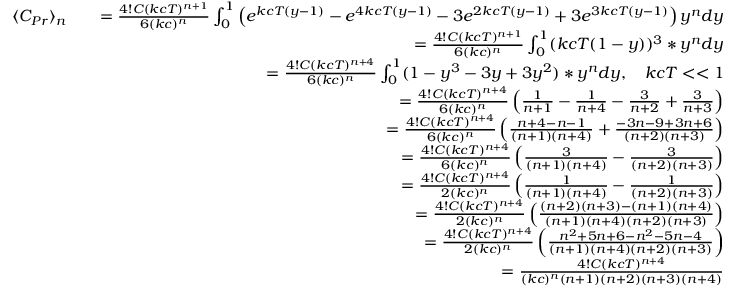
\begin{array} { r l r } { \langle C _ { P r } \rangle _ { n } } & { } & { = \frac { 4 ! C ( k c T ) ^ { n + 1 } } { 6 ( k c ) ^ { n } } \int _ { 0 } ^ { 1 } \left( e ^ { k c T ( y - 1 ) } - e ^ { 4 k c T ( y - 1 ) } - 3 e ^ { 2 k c T ( y - 1 ) } + 3 e ^ { 3 k c T ( y - 1 ) } \right) y ^ { n } d y } \\ & { } & { = \frac { 4 ! C ( k c T ) ^ { n + 1 } } { 6 ( k c ) ^ { n } } \int _ { 0 } ^ { 1 } ( k c T ( 1 - y ) ) ^ { 3 } * y ^ { n } d y } \\ & { } & { = \frac { 4 ! C ( k c T ) ^ { n + 4 } } { 6 ( k c ) ^ { n } } \int _ { 0 } ^ { 1 } ( 1 - y ^ { 3 } - 3 y + 3 y ^ { 2 } ) * y ^ { n } d y , \quad k c T < < 1 } \\ & { } & { = \frac { 4 ! C ( k c T ) ^ { n + 4 } } { 6 ( k c ) ^ { n } } \left( \frac { 1 } { n + 1 } - \frac { 1 } { n + 4 } - \frac { 3 } { n + 2 } + \frac { 3 } { n + 3 } \right) } \\ & { } & { = \frac { 4 ! C ( k c T ) ^ { n + 4 } } { 6 ( k c ) ^ { n } } \left( \frac { n + 4 - n - 1 } { ( n + 1 ) ( n + 4 ) } + \frac { - 3 n - 9 + 3 n + 6 } { ( n + 2 ) ( n + 3 ) } \right) } \\ & { } & { = \frac { 4 ! C ( k c T ) ^ { n + 4 } } { 6 ( k c ) ^ { n } } \left( \frac { 3 } { ( n + 1 ) ( n + 4 ) } - \frac { 3 } { ( n + 2 ) ( n + 3 ) } \right) } \\ & { } & { = \frac { 4 ! C ( k c T ) ^ { n + 4 } } { 2 ( k c ) ^ { n } } \left( \frac { 1 } { ( n + 1 ) ( n + 4 ) } - \frac { 1 } { ( n + 2 ) ( n + 3 ) } \right) } \\ & { } & { = \frac { 4 ! C ( k c T ) ^ { n + 4 } } { 2 ( k c ) ^ { n } } \left( \frac { ( n + 2 ) ( n + 3 ) - ( n + 1 ) ( n + 4 ) } { ( n + 1 ) ( n + 4 ) ( n + 2 ) ( n + 3 ) } \right) } \\ & { } & { = \frac { 4 ! C ( k c T ) ^ { n + 4 } } { 2 ( k c ) ^ { n } } \left( \frac { n ^ { 2 } + 5 n + 6 - n ^ { 2 } - 5 n - 4 } { ( n + 1 ) ( n + 4 ) ( n + 2 ) ( n + 3 ) } \right) } \\ & { } & { = \frac { 4 ! C ( k c T ) ^ { n + 4 } } { ( k c ) ^ { n } ( n + 1 ) ( n + 2 ) ( n + 3 ) ( n + 4 ) } } \end{array}